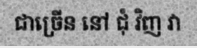
ជាច្រើន នៅ ជុំ វិញ វា